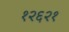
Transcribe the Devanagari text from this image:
१२६२१